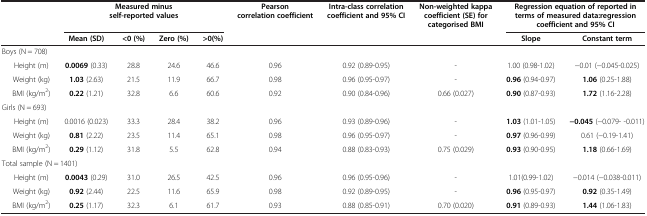
<table><thead><tr><td><b> </b></td><td colspan="4"><b>Measured minus self-reported values</b></td><td><b>Pearson correlation coefficient</b></td><td><b>Intra-class correlation coefficient and 95% CI</b></td><td><b>Non-weighted kappa coefficient (SE) for categorised BMI</b></td><td colspan="2"><b>Regression equation of reported in terms of measured data:regression coefficient and 95% CI</b></td></tr><tr><td><b> </b></td><td><b>Mean (SD)</b></td><td><b>&lt;0 (%)</b></td><td><b>Zero (%)</b></td><td><b>&gt;0(%)</b></td><td><b> </b></td><td><b> </b></td><td><b> </b></td><td><b>Slope</b></td><td><b>Constant term</b></td></tr></thead><tbody><tr><td colspan="10">Boys (N = 708)</td></tr><tr><td>Height (m)</td><td><b>0.0069</b> (0.33)</td><td>28.8</td><td>24.6</td><td>46.6</td><td>0.96</td><td>0.92 (0.89-0.95)</td><td>-</td><td>1.00 (0.98-1.02)</td><td>−0.01 (−0.045-0.025)</td></tr><tr><td>Weight (kg)</td><td><b>1.03</b> (2.63)</td><td>21.5</td><td>11.9</td><td>66.7</td><td>0.98</td><td>0.96 (0.95-0.97)</td><td>-</td><td><b>0.96</b> (0.94-0.97)</td><td><b>1.06</b> (0.25-1.88)</td></tr><tr><td>BMI (kg/m<sup>2</sup>)</td><td><b>0.22</b> (1.21)</td><td>32.8</td><td>6.6</td><td>60.6</td><td>0.92</td><td>0.90 (0.84-0.96)</td><td>0.66 (0.027)</td><td><b>0.90</b> (0.87-0.93)</td><td><b>1.72</b> (1.16-2.28)</td></tr><tr><td colspan="10">Girls (N = 693)</td></tr><tr><td>Height (m)</td><td>0.0016 (0.023)</td><td>33.3</td><td>28.4</td><td>38.2</td><td>0.96</td><td>0.93 (0.89-0.96)</td><td>-</td><td><b>1.03</b> (1.01-1.05)</td><td><b>−0.045</b> (−0.079- -0.011)</td></tr><tr><td>Weight (kg)</td><td><b>0.81</b> (2.22)</td><td>23.5</td><td>11.4</td><td>65.1</td><td>0.98</td><td>0.96 (0.95-0.97)</td><td>-</td><td><b>0.97</b> (0.96-0.99)</td><td>0.61 (−0.19-1.41)</td></tr><tr><td>BMI (kg/m<sup>2</sup>)</td><td><b>0.29</b> (1.12)</td><td>31.8</td><td>5.5</td><td>62.8</td><td>0.94</td><td>0.88 (0.83-0.93)</td><td>0.75 (0.029)</td><td><b>0.93</b> (0.90-0.95)</td><td><b>1.18</b> (0.66-1.69)</td></tr><tr><td colspan="10">Total sample (N = 1401)</td></tr><tr><td>Height (m)</td><td><b>0.0043</b> (0.29)</td><td>31.0</td><td>26.5</td><td>42.5</td><td>0.96</td><td>0.96 (0.95-0.96)</td><td>-</td><td>1.01(0.99-1.02)</td><td>−0.014 (−0.038-0.011)</td></tr><tr><td>Weight (kg)</td><td><b>0.92</b> (2.44)</td><td>22.5</td><td>11.6</td><td>65.9</td><td>0.98</td><td>0.92 (0.89-0.95)</td><td>-</td><td><b>0.96</b> (0.95-0.97)</td><td><b>0.92</b> (0.35-1.49)</td></tr><tr><td>BMI (kg/m<sup>2</sup>)</td><td><b>0.25</b> (1.17)</td><td>32.3</td><td>6.1</td><td>61.7</td><td>0.93</td><td>0.88 (0.85-0.91)</td><td>0.70 (0.020)</td><td><b>0.91</b> (0.89-0.93)</td><td><b>1.44</b> (1.06-1.83)</td></tr></tbody></table>